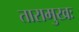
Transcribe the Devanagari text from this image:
तारामुखः